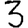
Digit: 3